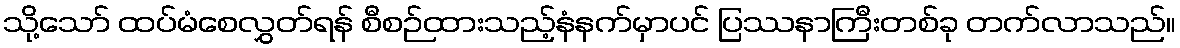
သို့သော် ထပ်မံစေလွှတ်ရန် စီစဉ်ထားသည့်နံနက်မှာပင် ပြဿနာကြီးတစ်ခု တက်လာသည်။